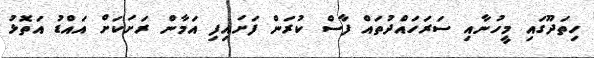
ހިތަދޫގައި މީހުނާއި ސަރަހައްދުތައް ފާސް ކުރަން ފަށައިފި އަމާން ރަށަކަށް އައްޑު އަތޮޅު